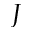
J